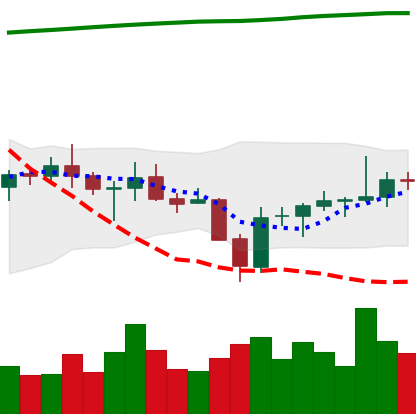
Ticker: BNB-USD
Chart end date: 2021-07-28
Forward return: 5.639%
Label: up_5_7